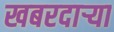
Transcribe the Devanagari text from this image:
खबरदाऱ्या